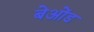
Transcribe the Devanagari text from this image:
बेओंड